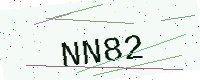
Text: NN82